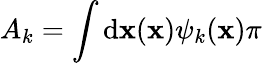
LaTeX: A_{k}=\int\operatorname{d\mathbf{x}}(\mathbf{x})\psi_{k}(\mathbf{x})\pi